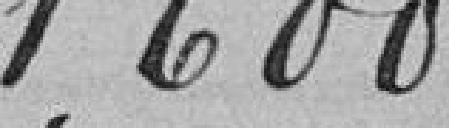
1.600 francs